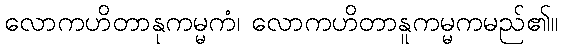
လောကဟိတာနုကမ္မကံ၊ လောကဟိတာနူကမ္မကမည်၏။